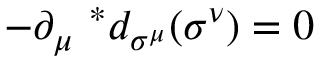
- \partial _ { \mu } \ ^ { * } d _ { \sigma ^ { \mu } } ( \sigma ^ { \nu } ) = 0